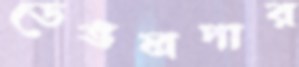
ডেভলপার